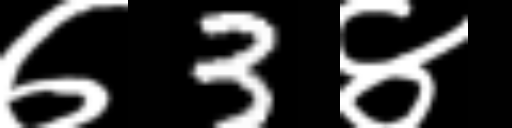
Text: ७3४